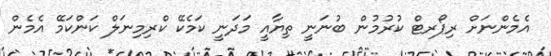
އެމެންނަށް ރިޕޯރޓް ކުރުމުން ބުނަނީ ތިޔާއީ މަދަނީ ކަމެކޭ ކްރިމިނަލް ކަންކަމޭ އެމެން